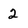
Character: 2